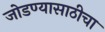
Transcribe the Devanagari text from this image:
जोडण्यासाठीचा